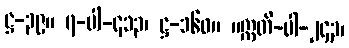
ဋ္ဌ-၃၉။ ၇-ပါ-၄၁၃၊ ဋ္ဌ-၁၆၀။ ။ဣတိ-ပါ-၂၄၃၊